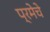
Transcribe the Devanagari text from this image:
प्रमेचे